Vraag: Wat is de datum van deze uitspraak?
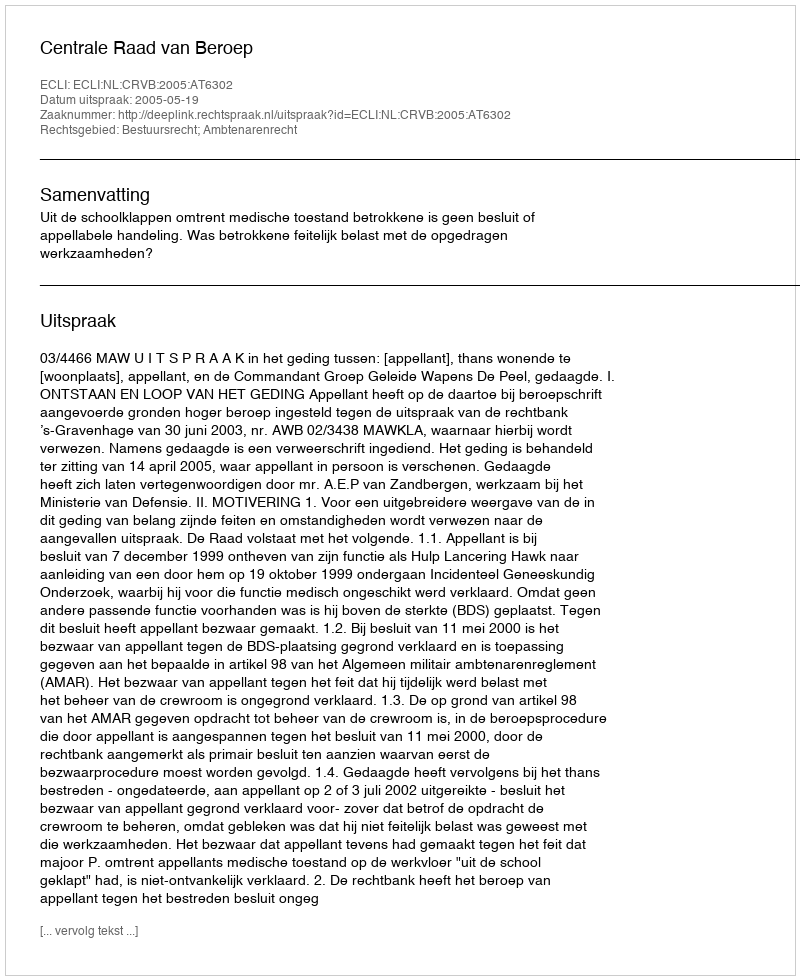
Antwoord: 2005-05-19